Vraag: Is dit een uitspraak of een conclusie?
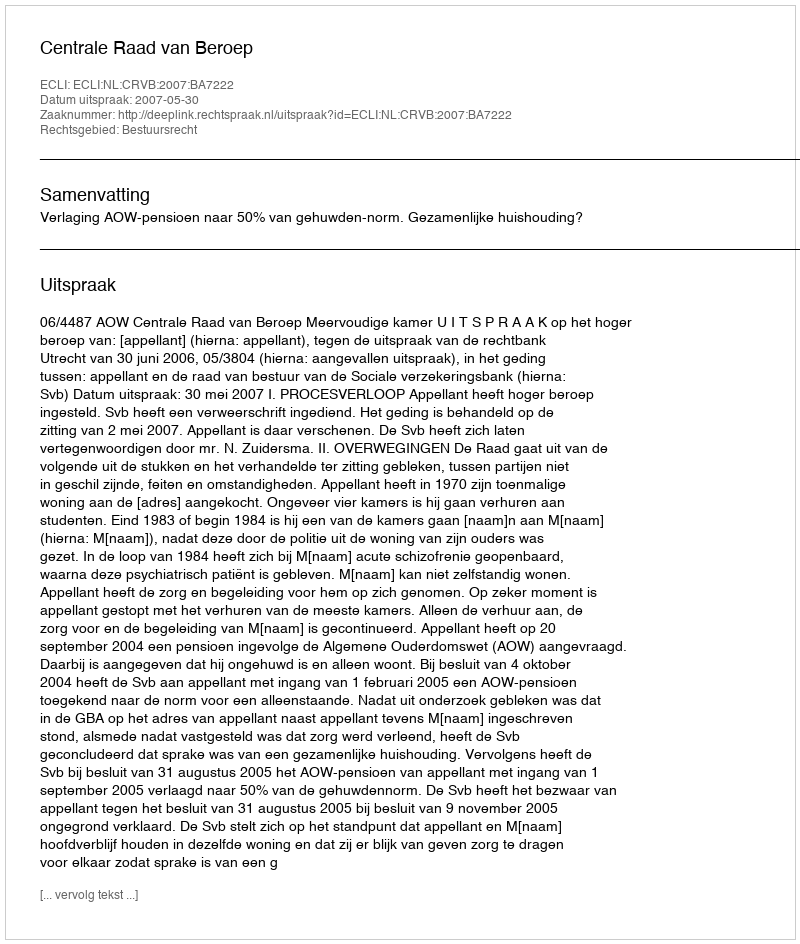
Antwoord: Uitspraak